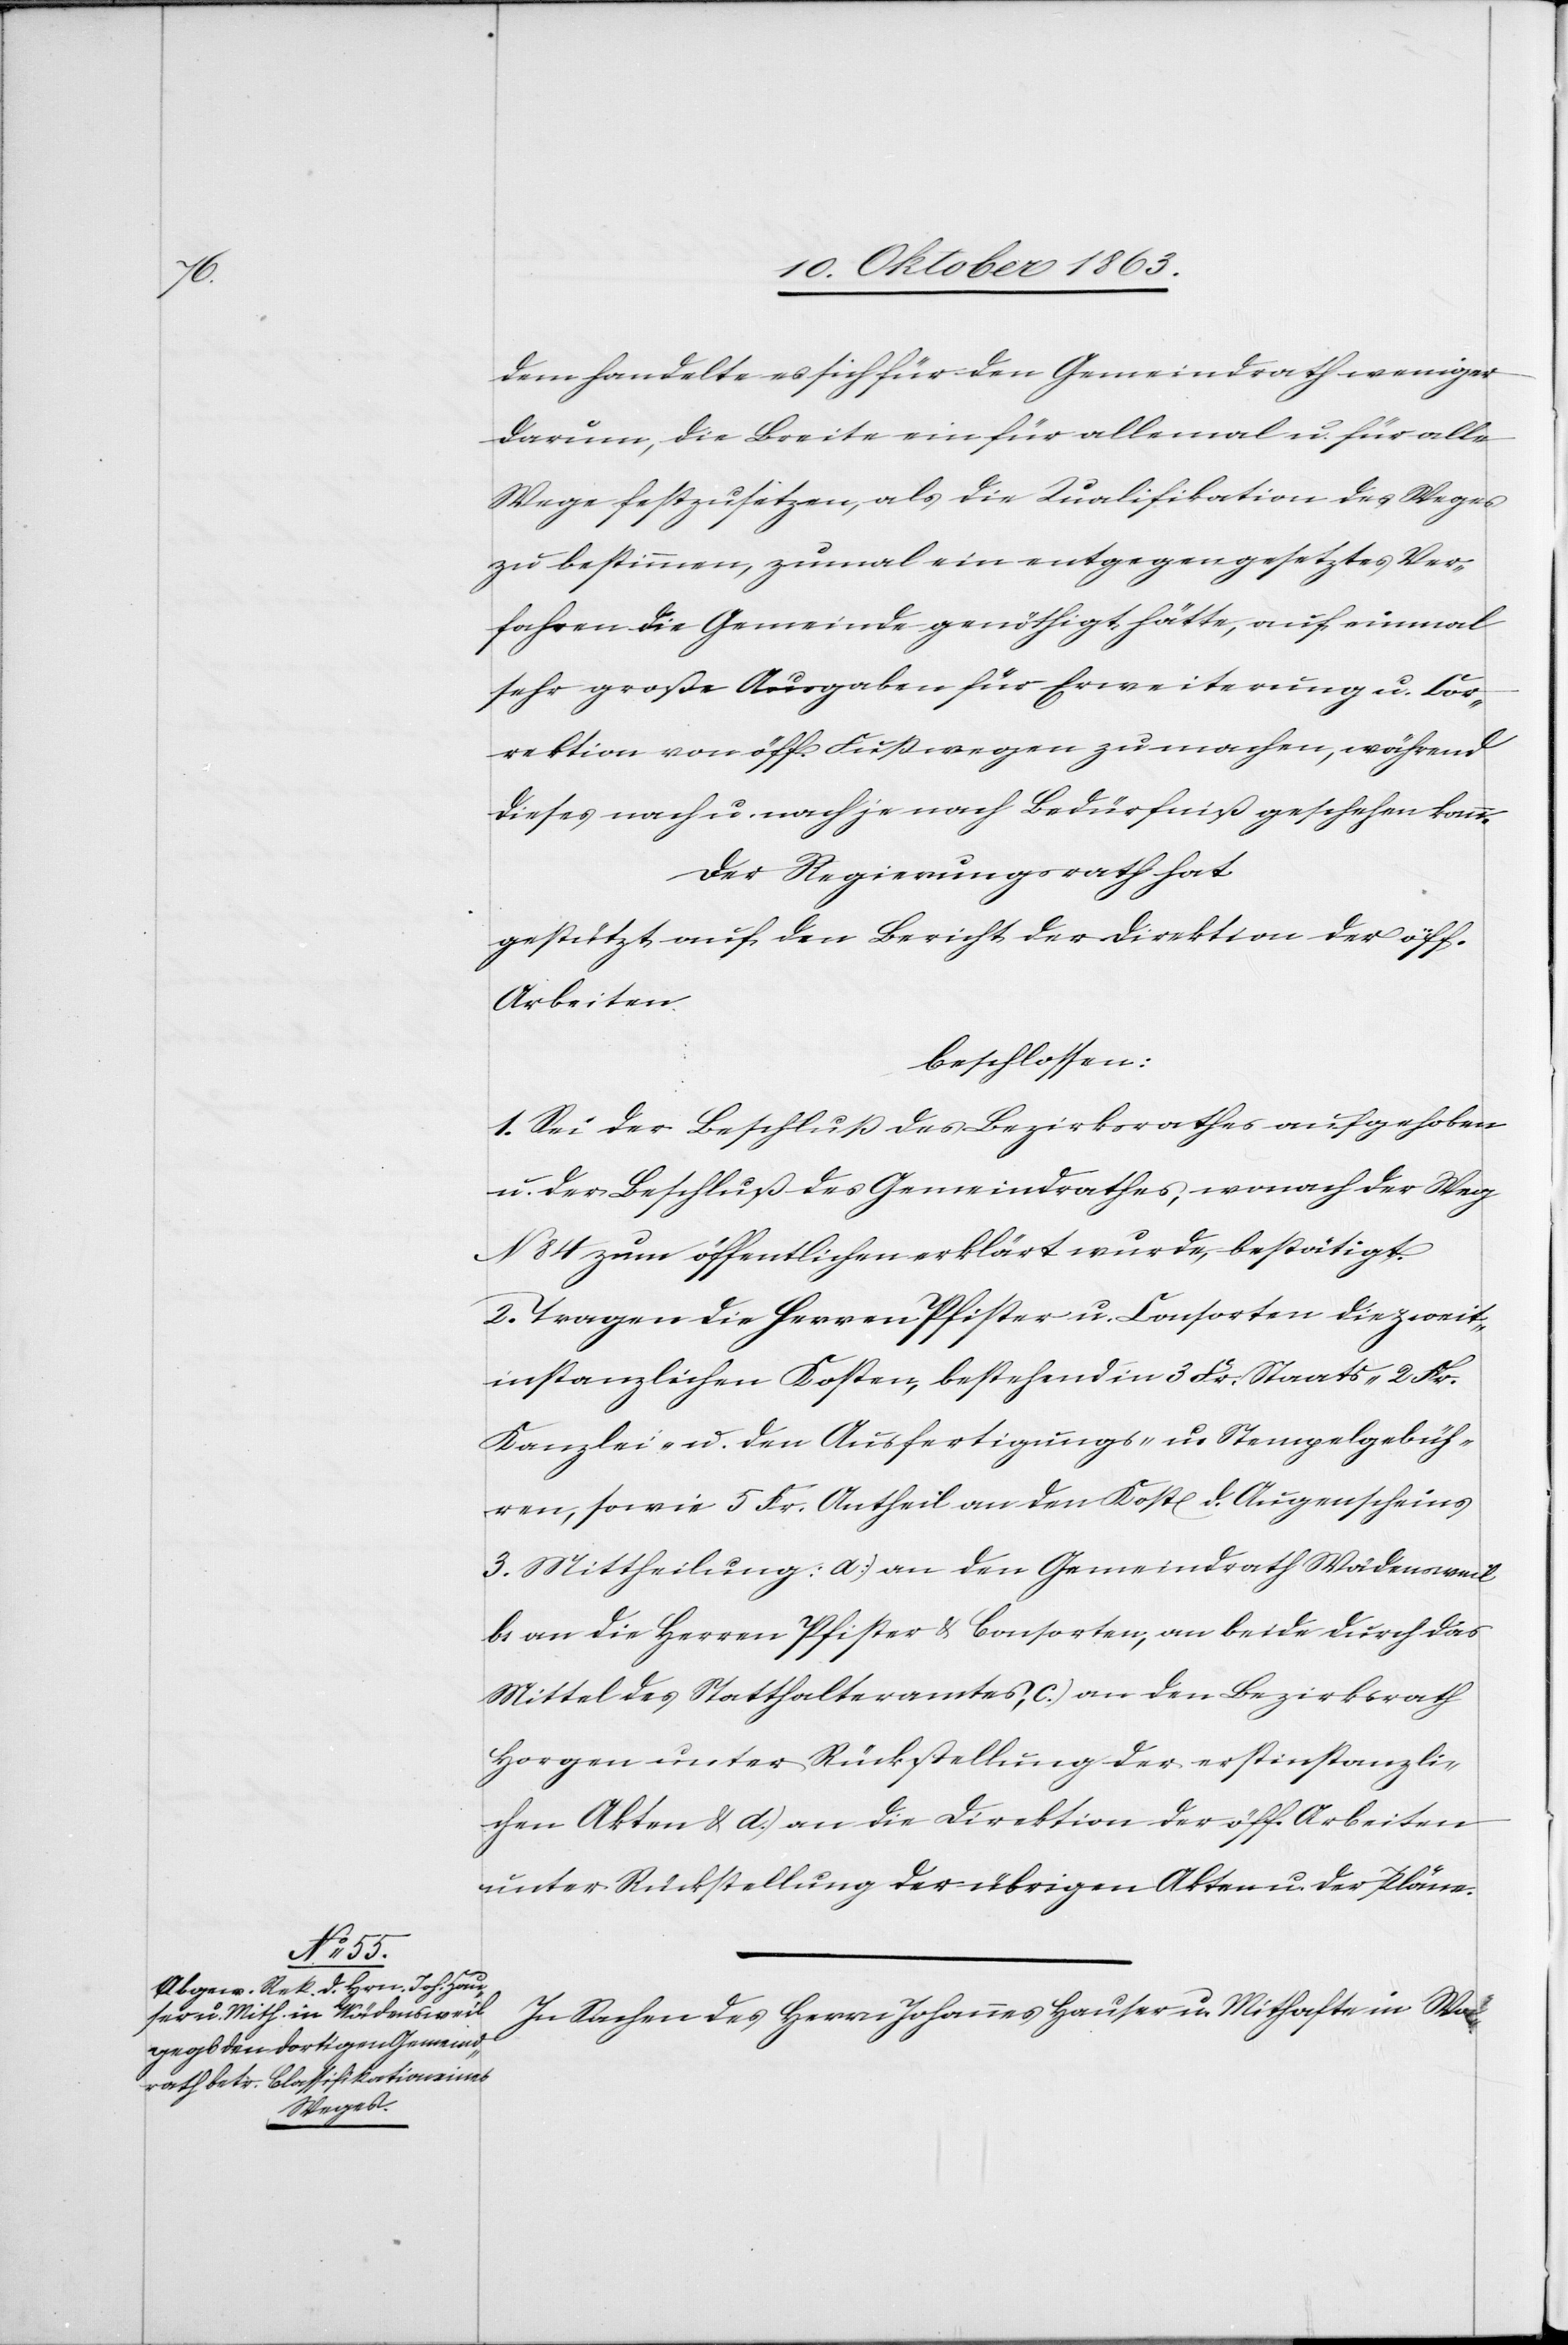
n.

dem handelte es sich für den Gemeindrath weniger
darum, die Breite ein für allemal u. für alle
Wege festzusetzen, als die Qualifikation des Weges
zu bestimmen, zumal ein entgegengesetztes Ver¬
fahren die Gemeinde genöthigt hätte, auf einmal
sehr große Ausgaben für Erweiterung u. Cor¬
rektion von öff. Fußwegen zu machen, während
dieses nach u. nach je nach Bedürfniß geschehen kan¬
Der Regierungsrath hat
gestützt auf den Bericht der Direktion der öff.
Arbeiten
beschlossen:
1. Sei der Beschluß des Bezirksrathes aufgehoben
u. der Beschluß des Gemeindrathes, wonach der Weg
N 84 zum öffentlichen erklärt wurde, bestätigt.
2. Tragen die Herren Pfister u. Consorten die zweit¬
instanzlichen Kosten, bestehend in 3 Fr. Staats-[,] 2 Fr.
Kanzlei- u. den Ausfertigungs- u. Stempelgebüh¬
ren, sowie 5 Fr. Antheil an den Kost[en] d. Augenscheins[.]
3. Mittheilung: a.) an den Gemeindrath Wädensweil
b) an die Herren Pfister & Consorten, an beide durch das
Mittel des Statthalteramtes, c.) an den Bezirksrath
Horgen unter Rückstellung der erstinstanzli¬
chen Akten & d.) an die Direktion der öff. Arbeiten
unter Rückstellung der übrigen Akten u. der Pläne.
In Sachen des Herrn Johannes Hauser u. Mithafte in Wä-